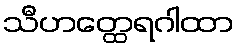
သီဟတ္ထေရဂါထာ